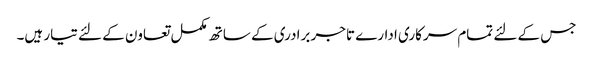
جس کے لئے تمام سرکاری ادارے تاجر برادری کے ساتھ مکمل تعاون کے لئے تیار ہیں۔